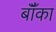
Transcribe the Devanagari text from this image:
बॉँका